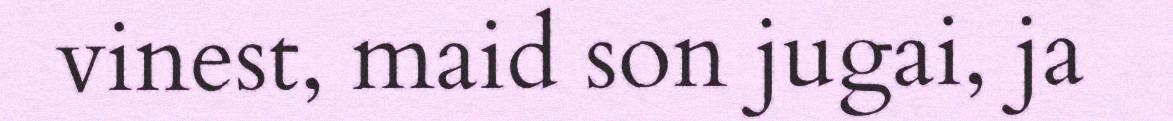
vinest, maid son jugai, ja